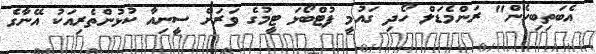
އެބަތިބިހެން" ރަންމެޑަލް ހޯދި ގައުމީ ފުޓްބޯޅަ ޓީމުގެ ވަރަށް ސީނިއާ ކުޅުންތެރިއަކު އޭނާގެ